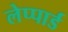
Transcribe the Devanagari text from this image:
लेप्पार्ड